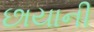
છાયાની